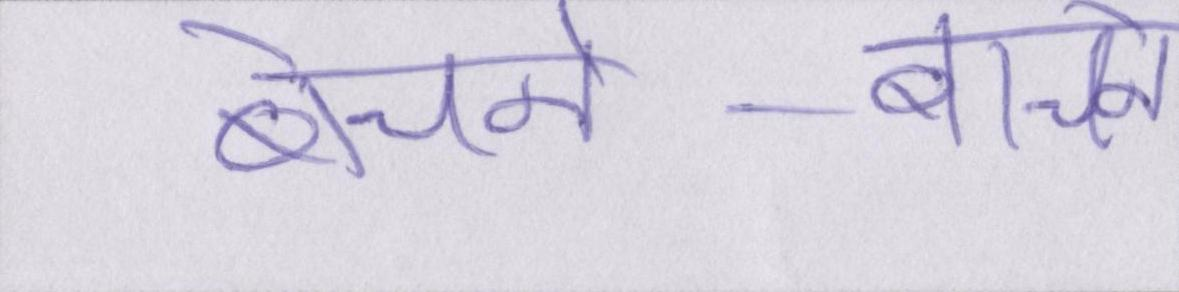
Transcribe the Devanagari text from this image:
बेचने-बाचने